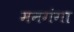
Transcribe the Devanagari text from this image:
मनगंगा